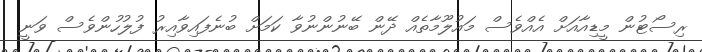
ރިސޯޓުން މީޑިއާއަށް އެއްވެސް މައުލޫމާތެއް ދޭން ބޭނުންނުވާ ކަމަށް ބުނެފައިވާއިރު ފުލުހުންވެސް ވަނީ